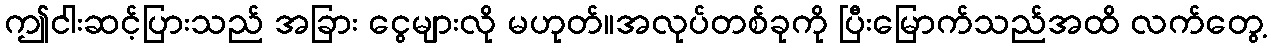
ဤငါးဆင့်ပြားသည် အခြား ငွေများလို မဟုတ်။အလုပ်တစ်ခုကို ပြီးမြောက်သည်အထိ လက်တွေ့